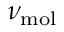
\nu _ { \mathrm { m o l } }